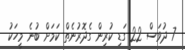
7 ދުވަސް 22 ގަޑި ކުރިން ގެދޮރުނެތް ކަމަށް ބުނެ މީހަކު